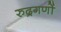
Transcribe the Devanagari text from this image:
रुद्रगणों